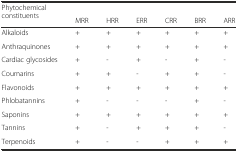
<table><thead><tr><td rowspan="2"><b>Phytochemical constituents</b></td><td colspan="6"></td></tr><tr><td><b>MRR</b></td><td><b>HRR</b></td><td><b>ERR</b></td><td><b>CRR</b></td><td><b>BRR</b></td><td><b>ARR</b></td></tr></thead><tbody><tr><td>Alkaloids</td><td>+</td><td>+</td><td>+</td><td>+</td><td>+</td><td>+</td></tr><tr><td>Anthraquinones</td><td>+</td><td>+</td><td>+</td><td>+</td><td>+</td><td>+</td></tr><tr><td>Cardiac glycosides</td><td>+</td><td>-</td><td>+</td><td>-</td><td>+</td><td>-</td></tr><tr><td>Coumarins</td><td>+</td><td>+</td><td>-</td><td>+</td><td>+</td><td>-</td></tr><tr><td>Flavonoids</td><td>+</td><td>+</td><td>+</td><td>+</td><td>+</td><td>+</td></tr><tr><td>Phlobatannins</td><td>+</td><td>-</td><td>-</td><td>-</td><td>+</td><td>-</td></tr><tr><td>Saponins</td><td>+</td><td>+</td><td>+</td><td>+</td><td>+</td><td>+</td></tr><tr><td>Tannins</td><td>+</td><td>-</td><td>+</td><td>+</td><td>+</td><td>-</td></tr><tr><td>Terpenoids</td><td>+</td><td>-</td><td>-</td><td>+</td><td>+</td><td>+</td></tr></tbody></table>